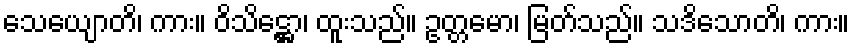
သေယျောတိ၊ ကား။ ဝိသိဋ္ဌော၊ ထူးသည်။ ဥတ္တမော၊ မြတ်သည်။ သဒိသောတိ၊ ကား။